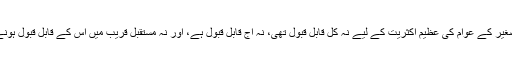
چنانچہ یہ تحریک برصغیر کے عوام کی عظیم اکثریت کے لیے نہ کل قابلِ قبول تھی، نہ آج قابلِ قبول ہے، اور نہ مستقبل قریب میں اس کے قابلِ قبول ہونے کا امکان نظر آتا ہے۔